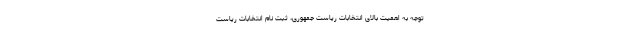
توجه به اهمیت بالای انتخابات ریاست جمهوری، ثبت نام انتخابات ریاست